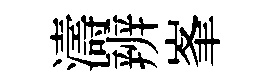
濤辨峯